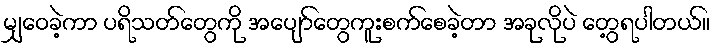
မျှဝေခဲ့ကာ ပရိသတ်တွေကို အပျော်တွေကူးစက်စေခဲ့တာ အခုလိုပဲ တွေ့ရပါတယ်။